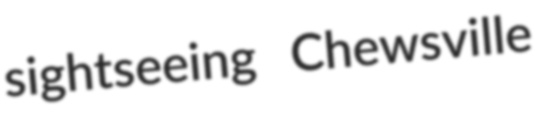
sightseeing Chewsville